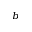
^ { b }